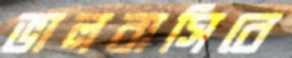
ভালবাসিবে